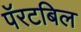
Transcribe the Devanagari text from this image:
पॅरटबिल